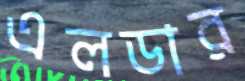
এলডার